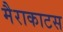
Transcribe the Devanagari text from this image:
मैराकाटस